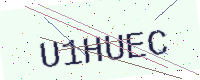
Text: U1HUEC